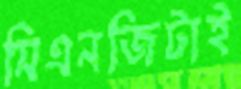
সিএনজিটাই